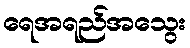
ရေအရည်အသွေး